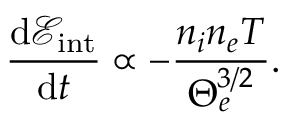
\frac { \mathrm { d } \mathcal { E } _ { \mathrm { i n t } } } { \mathrm { d } t } \propto - \frac { n _ { i } n _ { e } T } { \Theta _ { e } ^ { 3 / 2 } } .